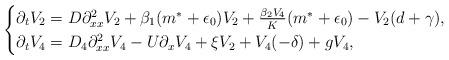
LaTeX: \begin{align*}\begin{cases}\partial_{t} V_{2} = D \partial_{xx}^{2}V_{2} + \beta_{1}(m^{\ast} + \epsilon_{0}) V_{2} + \frac{\beta_{2}V_{4}}{K} (m^{\ast} + \epsilon_{0}) - V_{2}(d+\gamma),\\\partial_{t}V_{4} = D_{4} \partial_{xx}^{2}V_{4} - U \partial_{x}V_{4} + \xi V_{2} + V_{4}(-\delta) + g V_{4},\end{cases}\end{align*}